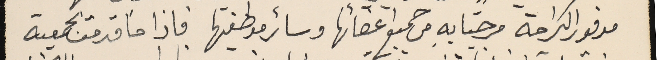
مدفور الكرامة مرحبا به من جميع اعضائها وسائر موظفيها فاذا ما قدمت الجمعية